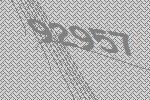
92957